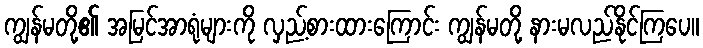
ကျွန်မတို့၏ အမြင်အာရုံများကို လှည့်စားထားကြောင်း ကျွန်မတို့ နားမလည်နိုင်ကြပေ။